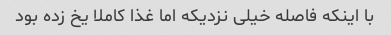
با اینکه فاصله خیلی نزدیکه اما غذا کاملا یخ زده بود